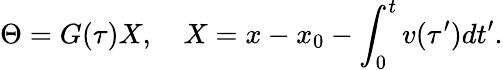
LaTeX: \Theta=G(\tau)X,~~~~X=x-x_{0}-\int_{0}^{t}v(\tau^{\prime})dt^{\prime}.